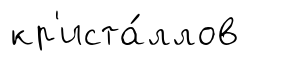
кр'иста́ллов